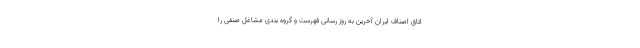
اتاق اصناف ایران آخرین به روز رسانی فهرست و گروه بندی مشاغل صنفی را